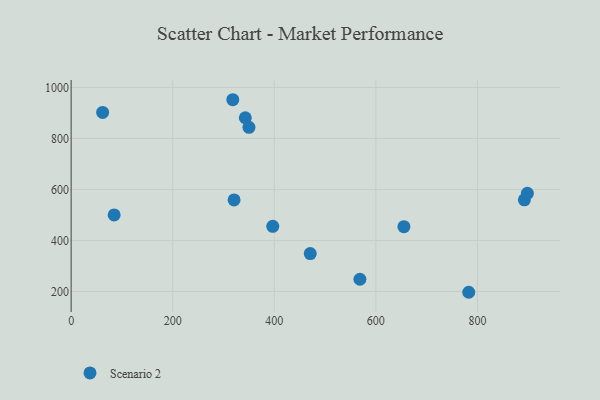
{"axis": {"x": "Distance", "y": "Fuel Efficiency"}, "legend": ["Scenario 2"], "data": [{"x": "470.8", "y": 348.9, "type": "Scenario 2"}, {"x": "397.0", "y": 455.6, "type": "Scenario 2"}, {"x": "568.6", "y": 248.1, "type": "Scenario 2"}, {"x": "342.9", "y": 881.3, "type": "Scenario 2"}, {"x": "62.0", "y": 902.0, "type": "Scenario 2"}, {"x": "320.8", "y": 559.0, "type": "Scenario 2"}, {"x": "84.7", "y": 500.3, "type": "Scenario 2"}, {"x": "318.3", "y": 951.9, "type": "Scenario 2"}, {"x": "350.1", "y": 843.9, "type": "Scenario 2"}, {"x": "892.4", "y": 559.5, "type": "Scenario 2"}, {"x": "655.2", "y": 454.1, "type": "Scenario 2"}, {"x": "898.3", "y": 584.9, "type": "Scenario 2"}, {"x": "782.9", "y": 197.1, "type": "Scenario 2"}]}